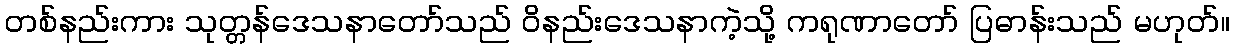
တစ်နည်းကား သုတ္တန်ဒေသနာတော်သည် ဝိနည်းဒေသနာကဲ့သို့ ကရုဏာတော် ပြဓာန်းသည် မဟုတ်။